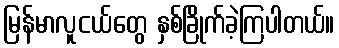
မြန်မာလူငယ်တွေ နှစ်ခြိုက်ခဲ့ကြပါတယ်။